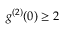
g ^ { ( 2 ) } ( 0 ) \geq 2